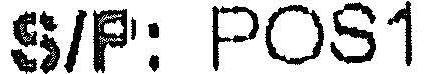
S/P: POS1